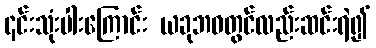
၎င်းသုံးပါးကြောင်း ယခုဘဝတွင်လည်းဆင်းရဲ၍